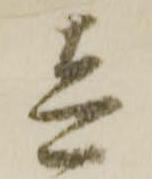
壱